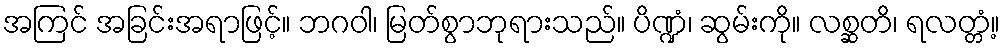
အကြင် အခြင်းအရာဖြင့်။ ဘဂဝါ၊ မြတ်စွာဘုရားသည်။ ပိဏ္ဍံ၊ ဆွမ်းကို။ လစ္ဆတိ၊ ရလတ္တံ့။